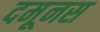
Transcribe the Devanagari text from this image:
दमूनस